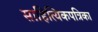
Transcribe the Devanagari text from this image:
साहित्यिकपत्रिका